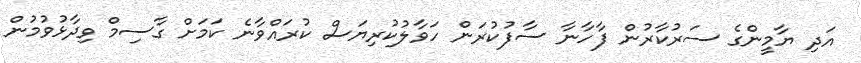
އަދި ޔާމީންގެ ސަރުކާރުން ފާހާނާ ސާފުކުރަން ހަވާލުކުރިޔަސް ކުރައްވާނެ ކަމަށް ގާސިމް ވިދާޅުވުމުން